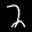
Label: 2